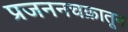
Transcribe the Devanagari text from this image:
प्रजननचक्रातून